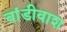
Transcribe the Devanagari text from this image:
बांडीवाश